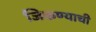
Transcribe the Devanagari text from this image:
जिकण्याची